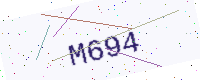
Text: M694